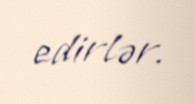
edirlər.